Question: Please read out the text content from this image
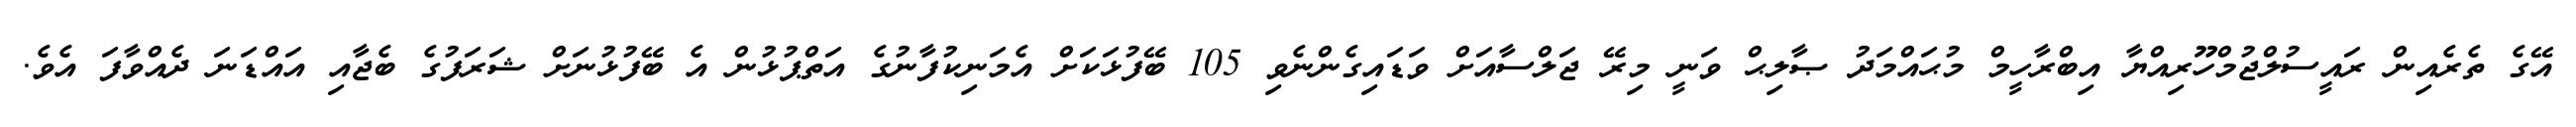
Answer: އޭގެ ތެރެއިން ރައީސުލްޖުމްހޫރިއްޔާ އިބްރާހީމް މުޙައްމަދު ޞާލިޙް ވަނީ މިރޭ ޖަލްސާއަށް ވަޑައިގެންނެވި 105 ބޭފުޅަކަށް އެމަނިކުފާނުގެ އަތްޕުޅުން އެ ބޭފުޅުނަށް ޝަރަފުގެ ބެޖާއި އައްޑަނަ ދެއްވާފަ އެވެ.